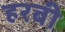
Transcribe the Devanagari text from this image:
हरबी